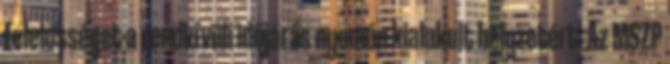
felelősséget a rendkívüli időjárás nyomán kialakult helyzetért. Az MSZP